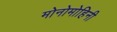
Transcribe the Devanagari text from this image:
मोनोमोहिनी